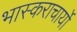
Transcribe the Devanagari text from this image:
भास्कराचार्यो